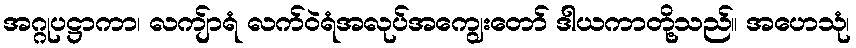
အဂ္ဂုပဋ္ဌာကာ၊ လကျ်ာရံ လက်ဝဲရံအလုပ်အကျွေးတော် ဒါယကာတို့သည်။ အဟေသုံ၊